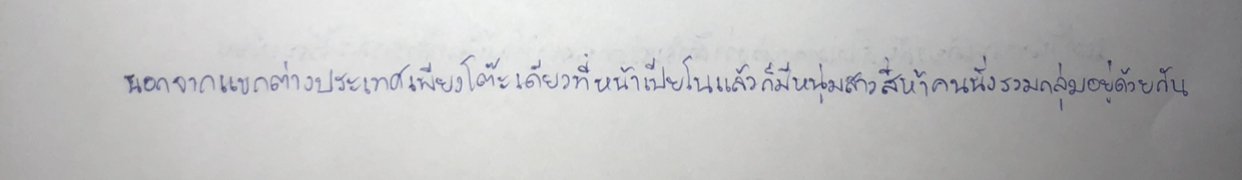
นอกจากแขกต่างประเทศเพียงโต๊ะเดียวที่หน้าเปียโนแล้วก็มีหนุ่มสาวสี่ห้าคนนั่งรวมกลุ่มอยู่ด้วยกัน